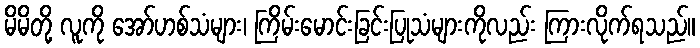
မိမိတို့ လူကို အော်ဟစ်သံများ၊ ကြိမ်းမောင်းခြင်းပြုသံများကိုလည်း ကြားလိုက်ရသည်။